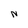
Character: N